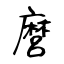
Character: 麿